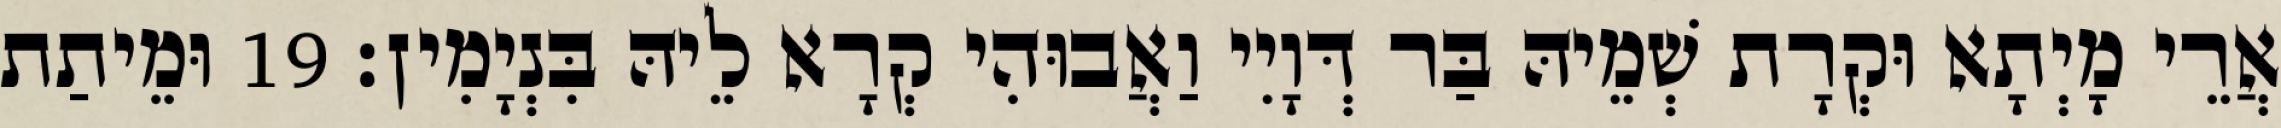
אֲרֵי מָיְתָא וּקְרָת שְׁמֵיהּ בַּר דְּוָיִי וַאֲבוּהִי קְרָא לֵיהּ בִּנְיָמִין׃ 19 וּמֵיתַת